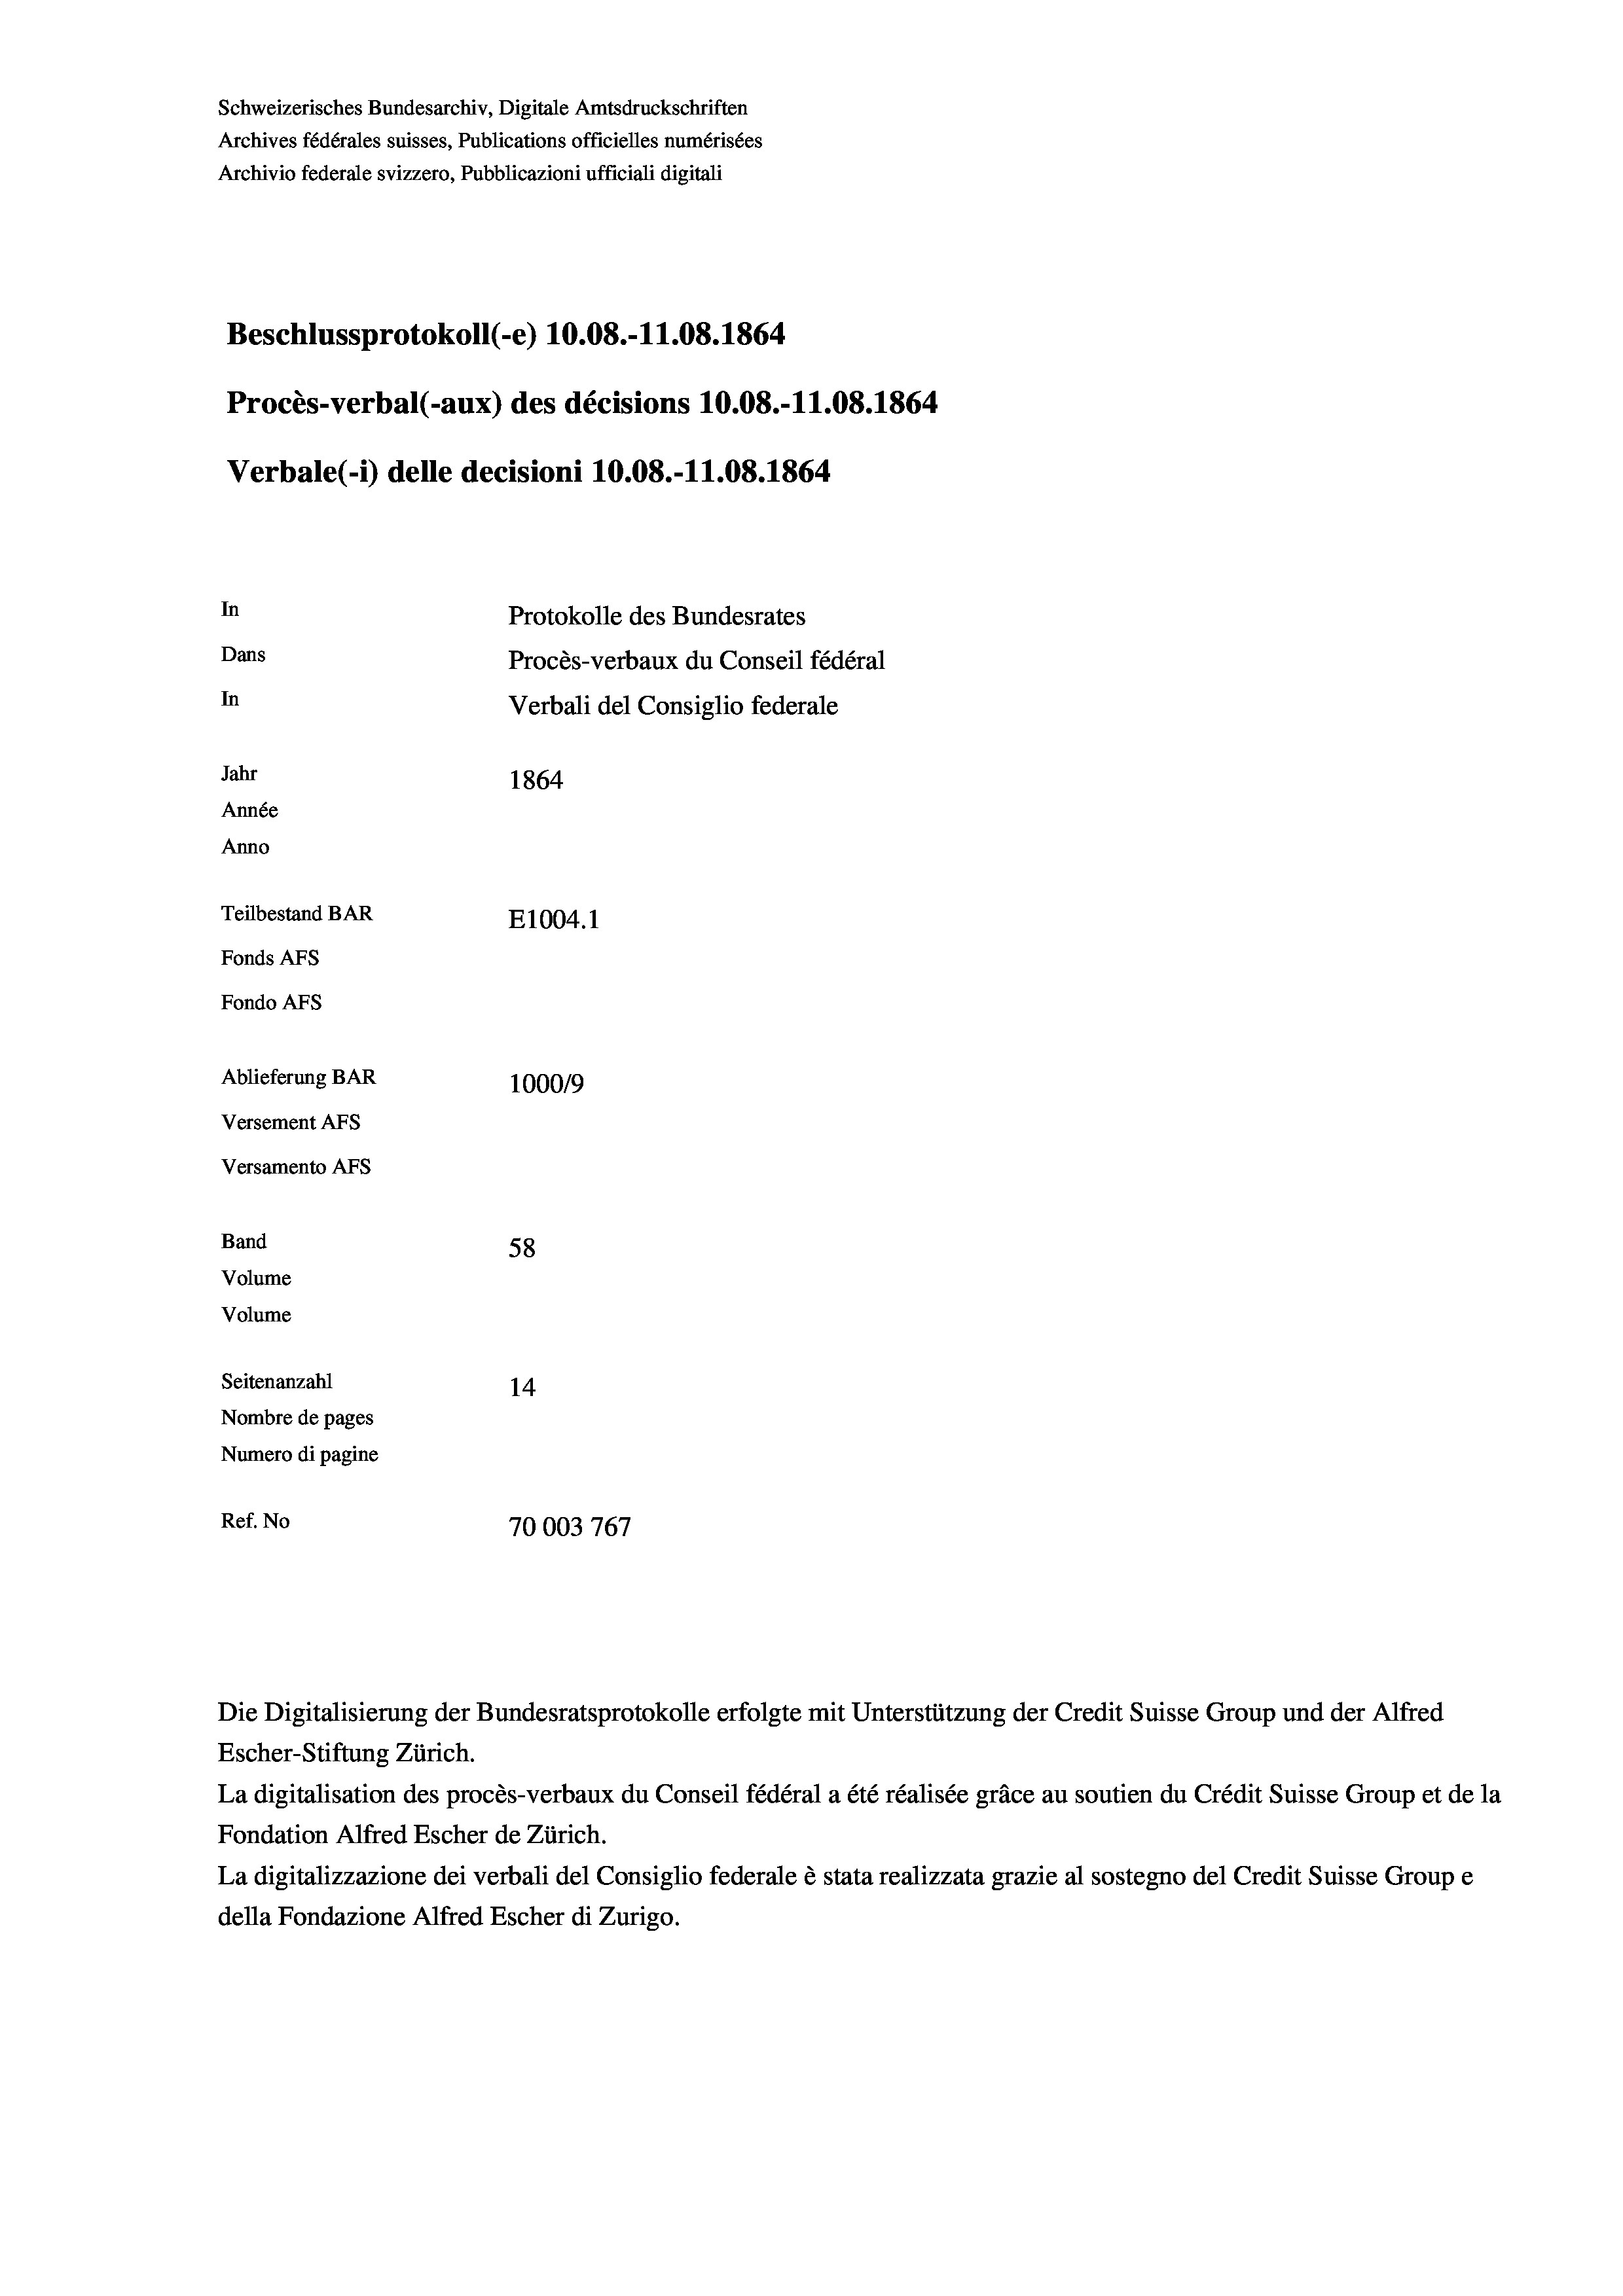
Schweizerisches Bundesarchiv, Digitale Amtsdruckschriften
Beschlussprotokoll (-e) 10.08.-11.08. 1864
Procès-verbal (-aux) des décisions 10.08.-11.08. 1864
Verbale (- 1) delle decisioni 10.08.-11.08. 1864
In
Protokolle des Bundesrates
Dans
Procès-verbaux du Conseil fédéral
In
Verbali del Consiglio federale
Jahr
1864
Année
Anno
Teilbestand BAR
E1004.1
Fonds AFs
Fondo Afs

Ablieferung BAR
Versement AFs
Versamento AFs
Band
58
Volume
Volume
Seitenanzahl
14

Archives fédérales suisses, Publications officielles numérisées
Archivio federale svizzero, Pubblicazioni ufficiali digitali

100019
Nombre de pages
Numero di pagine
Ref. No
70003767

Die Digitalisierung der Bundesratsprotokolle erfolgte mit Unterstützung der Credit Suisse Group und der Alfred
Escher-Stiftung Zürich.
La digitalisation des procès-verbaux du Conseil fédéral a été réalisée gräce au soutien du Crédit Suisse Group et de la
Fondation Alfred Escher de Zürich.
La digitalizzazione dei verbali del Consiglio federale è stata realizzata grazie al sostegno del Credit Suisse Groupe
della Fondazione Alfred Escher di Zurigo.